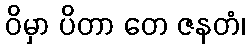
ဝိမှာ ပိတာ တေ ဇနတံ၊